Lunatic asylums Punjab 1868-1880 - 1868-1880
Year: 1868
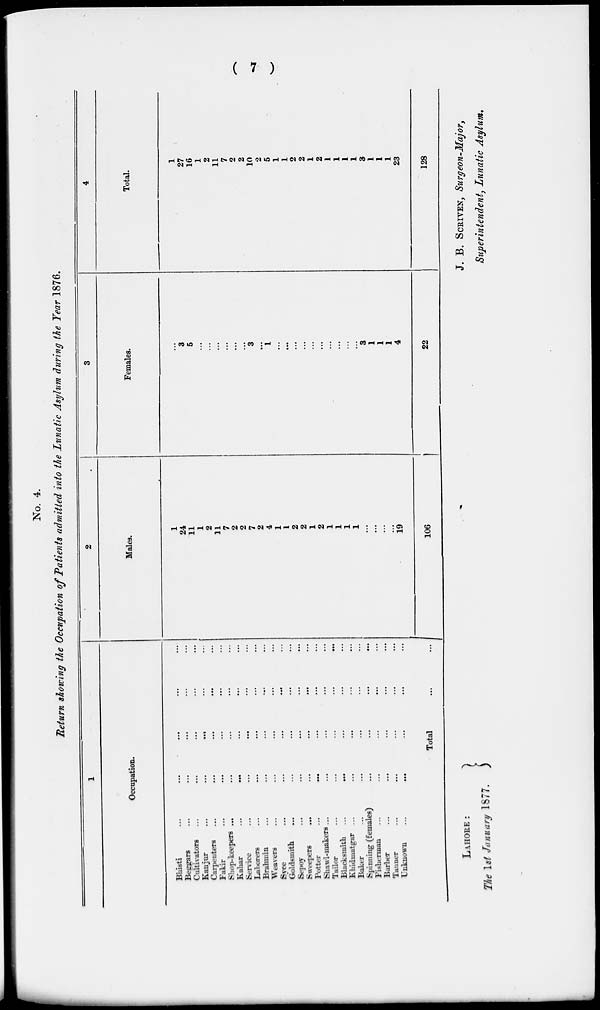
( 7 )
No. 4.
Return showing the Occupation of Patients admitted into the Lunatic Asylum during the Year 1876.
1
Occupation.
Bhisti
...
...
...
...
...
Beggars ... ... ... ... ...
Cultivators ... ... ... ... ...
Kanjur
...
...
...
Carpenters ... ... ... ... ...
Fakir
...
...
...
...
Shop-keepers ... ... ... ... ... ...
Kahar
...
...
...
...
Service
...
...
...
Laborers ... ... ... ... ...
Brahmin ... ... ... ... ...
Weavers ... ... ... ... ...
Syee
...
...
...
...
Goldsmith ... ... ... ... ...
Sepoy
...
...
...
...
Sweepers
...
...
...
...
Potter
... ... ... ... ... ...
Shawl-makers... ... ... ... ... ...
Tailor
...
...
...
... ...
Blacksmith ...
... ... ... ... ... ...
Khidmatgar ...
Baker ... ... ... ... ...
Spinning (females)
...
...
...
...
Fisherman ... ... ... ... ...
Barber
...
...
...
...
...
Tanner ... ... ... ... ...
Unknown
...
...
...
...
Total
...
...
2
Males.
1
24
11
1
2
11
7
2
2
7
2
4
1
1
2
2
1
2
1
1
1
1
...
...
...
...
19
106
3
Females.
...
3
5
...
...
...
...
...
...
3
...
1
...
...
...
...
...
...
...
...
...
...
3
1
1
1
4
22
4
Total.
1
27
16
1
2
11
7
2
2
10
2
5
1
1
2
2
1
2
1
1
1
1
3
l
l
l
23
128
LAHORE :
The 1st January 1877.
J. B. SCRIVEN, Surgeon-Major,
Superintendent, Lunatic Asylum.